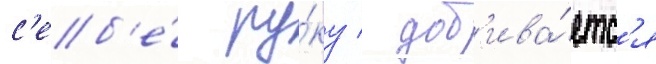
с'еб'е́ ру́ку / доб'ива́етс'я